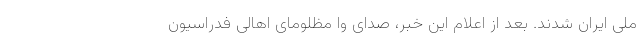
ملی ایران شدند. بعد از اعلام این خبر، صدای وا مظلومای اهالی فدراسیون